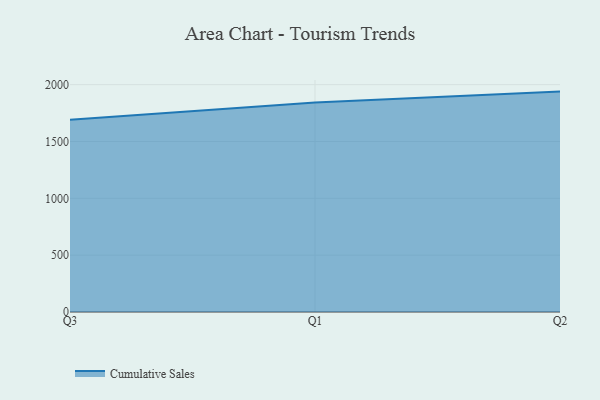
{"axis": {"x": "Quarter", "y": "Website Visitors"}, "legend": ["Cumulative Sales"], "data": [{"x": "Q3", "y": 1690.7, "type": "Cumulative Sales"}, {"x": "Q1", "y": 1843.5, "type": "Cumulative Sales"}, {"x": "Q2", "y": 1939.0, "type": "Cumulative Sales"}]}